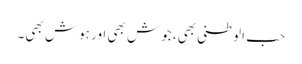
حب الوطنی بھی، جوش بھی اور ہوش بھی۔